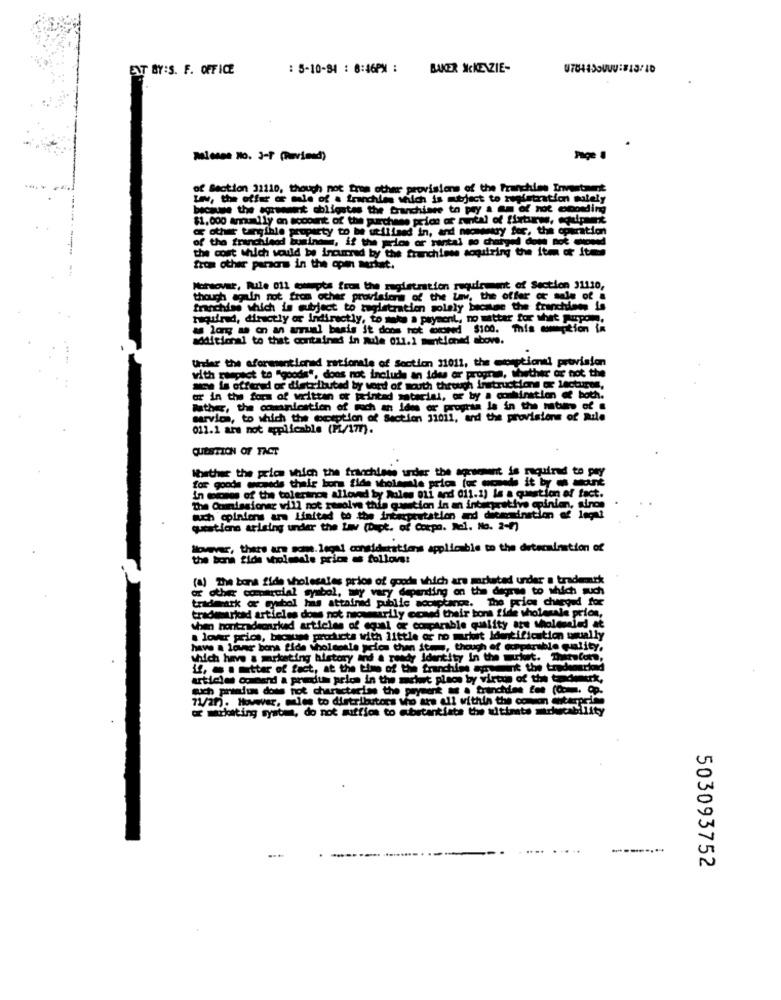
ENT BY:S. F. OFFICE
: 5-10-94 : 6:46PM :
BAKER IKKE\ZIE-
pelosse No. 3-1 (Povined)
of Section 31110, though not from other provisions of the franchise Innustaunt
LN, the offer o mie of . franchies which is subject to registration mately
because the agreement obligutes the Cranchiare to pry a am of not coording
$1.000 amally on account of the purchase price of runtal of fixtures, equipment
of other tangible property to be utilland in, and nowtry fer, the operation
of the frenchleod bumind, if the price or rental so chat
the cost which would be incurred by the franchise soquiring the item or itmo
from other persons in the open serlast.
Moreover, Bule 011 cmpts from the registration requirement of Section 31110,
though again not from other provisions of the Law, the offer of sale of a
franchise which is subject to zagletration solely became the franchises is
hiquired, directly or Indirectly, to make a payment, no matter for what Amp
a long as on an armual basis it doos not exceed $100. This option in
additional to that contained in mule 011.1 mentioned above.
Under the aforementioned rationale of Section 31011, the exceptionti provision
with respect to "goods", does not include an ides or progmin, whether or not the
o is offered or distributed by word of mouth through instructions or lectures,
or in the form of writtan of printed satacial, or by a combination of both.
Father, the comamication of much an Ides er program la in the hitum of a
service, to which the oception of Section 31011, and the provisions of mile
012.1 are not applicable (PL/177).
QUESTION OF FACT
Whether the price which the franchiese under the agreement is required to pay
for goods mopeds their bona fide wholesale price for wchod it by
in micros of the tolerinos allovnd by Aules ti and 011.1) le a question of fact.
The Commissioner will not resolve this gametion in an interpretive opinion, sirop
ach opinions ur Limited to the interpretation and determination of legal
questions arising under the Law (Dept. of Corpo. Nel. No. 2-9)
However, that's are som. legal considerations applicable to the determination of
the term fide wholesale price as follows:
(a) The bona fide wholesales price of goods which are chstad under a trademark
or otherr comercial symbol, my vary depending on the degree to which such
trademark or symbol has attained public accuplange. The price charged for
The prices charged for
trademarkcad articles does not nowmarily conad their bona fide wholesale price,
when hontradworked articles of equal or comparable quality atu Mholenled at
. lower price, because products with little or no macht Identification usually
have a lower bona fide wholesale pelos then it, though of parable quiity,
which have & marketing history and a ready Identity In the market. ThatsCom.
if, a matter of fact, at the time of the franchise agent the trademarked
article command a predium price in the melet pleos by virtue of the tedmerk,
each pranfus doms hot characterise the payment we . trinchdiee fes (Comm. Op.
71/20). Howwer, mles to distributors Wo are all within the coman ditaspelen
or marketing system, do not suffice to abatantiate the ultimate mirkecability
503093752